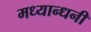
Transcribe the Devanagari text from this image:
मध्यान्धनी